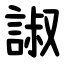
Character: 諔